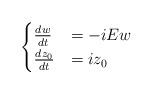
LaTeX: \begin{align*}\begin{cases}\frac{dw}{dt}&=-iE w \\\frac{dz_0}{dt}&=iz_0\end{cases}\end{align*}